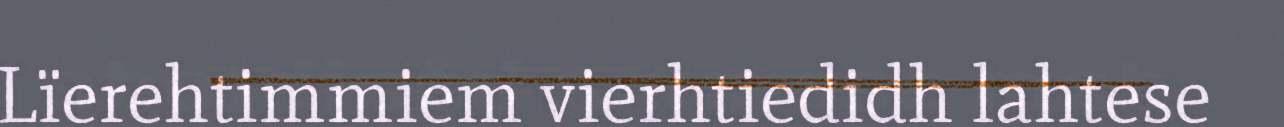
Lïerehtimmiem vierhtiedidh lahtese